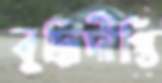
বুদ্ধিদীপ্তি